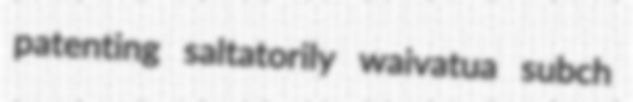
patenting saltatorily waivatua subch